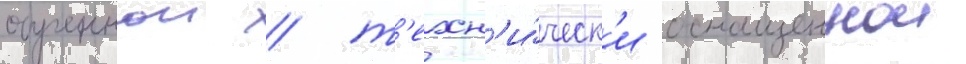
обученнои / т'ехн'и́ческ'и оснащеннои